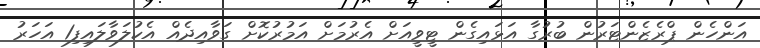
އަންހެން ޕްރެޒެންޓަރުން ބުރުގާ އަޅައިގެން ޓީވީއަށް އެރުމަށް އަމުރުކޮށް ގަވާއިދެއް އެކުލަވާލައިފި1 އަހަރު